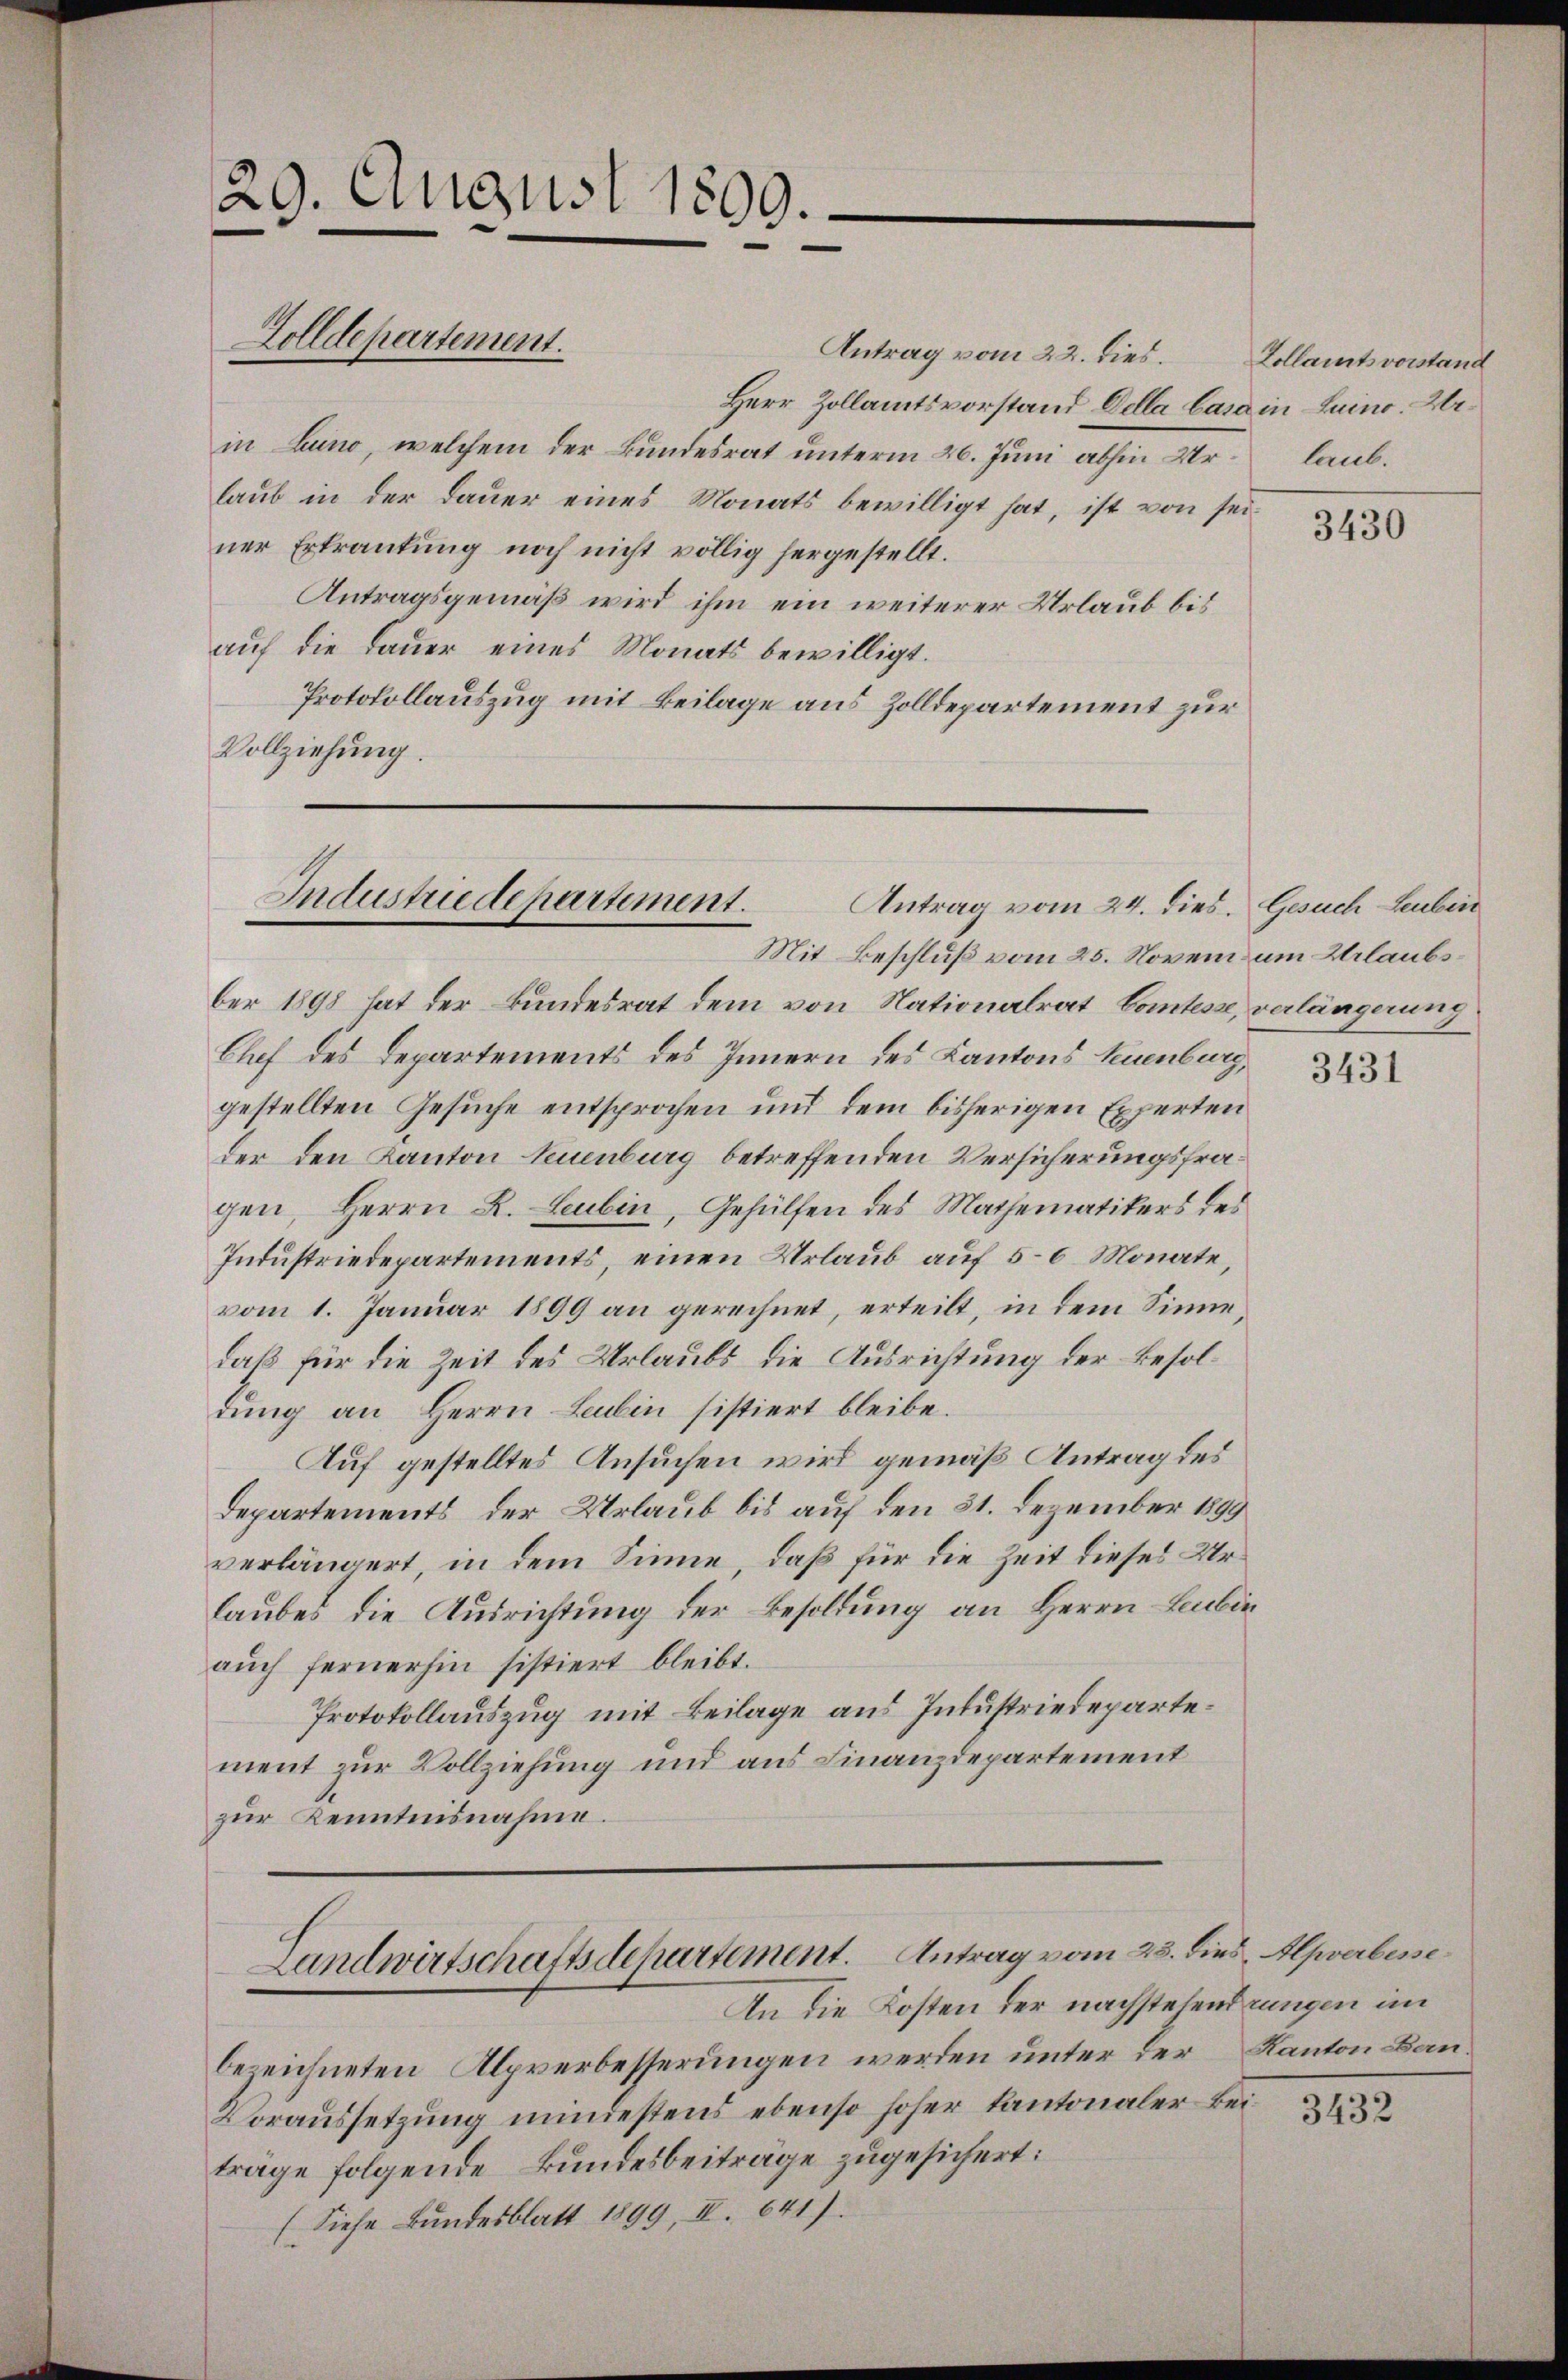
29. August 1809.

Golldepartement.

Antrag vom 22. dies.
Herr Zollamtsvorstand Della Casa in Luino. Urin Luino, welchem der Bundesrat unterm 26. Juni abhin Urlaub in der Dauer eines Monats bewilligt hat, ist von seiner Erkrautung noch nicht völlig hergestellt.
Antragsgemäß wird ihm ein weiterer Urlaub bis
auf die Dauer eines Monats bewilligt.
Protokollauszug mit Beilage aus Zolldepartement zur
Vollziehung.

bezeichneten Alpverbesserungen werden unter der Kanton Ban¬
Voraussetzung ministens ebenso hoher Kantonaler Beiträge folgende Bundesbeiträge zugesichert:
(Siehe Bundesblatt 1899, III. 641).

ber 1898 hat der Bundesrat dem von Nationalrat Comtesse, verlängerung
Chef des Departements des Innern des Kantons Keuenburg,
gestellten Gesuche entsprochen und dem bisherigen Experten
der den Kanton Neuenburg betreffenden Versicherungsfragen, Herrn R. Leubin, Gehülfen des Mathematikers des
Industriedepartements, einen Urlaub auf 5-6 Monate
vom 1. Januar 1899 an gerechnet, erteilt, in dem Sinnedaß für die Zeit des Urlaubs die Ausrichtung der Besoldung an Herrn Leubin sistiert bleibe.
Auf gestelltes Ansuchen wird gemäß Antrag des
Departements der Urlaub bis auf den 31. Dezember 1899
verlängert, in dem Sinne, daß für die Zeit dieses Urlaubes die Ausrichtung der Besoldung an Herrn Leubin
auch fernerhin sistiert bleibt.
Protokollauszug mit Beilage aus Intustriedepartement zur Vollziehung und aus Finanzdepartement
zur Kenntnisnahme.

Industriede hartement.
Antrag vom 24. dies. Gesuch Leubin
—
Mit Beschluß vom 25. Novem um Urlaubs¬

Landwirtschaftsdepartement. Antrag vom 23. dies Alpverbesse
An die Kosten der nachstehenderungen im

Zollamtsvorstand
laub.

3430

3431

3432